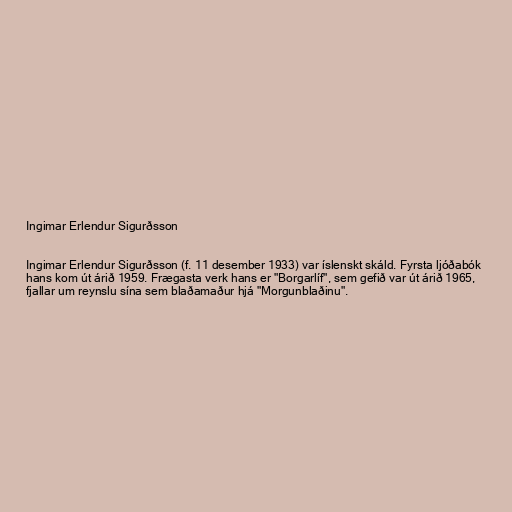
Ingimar Erlendur Sigurðsson

Ingimar Erlendur Sigurðsson (f. 11 desember 1933) var íslenskt skáld. Fyrsta ljóðabók
hans kom út árið 1959. Frægasta verk hans er "Borgarlíf", sem gefið var út árið 1965,
fjallar um reynslu sína sem blaðamaður hjá "Morgunblaðinu".